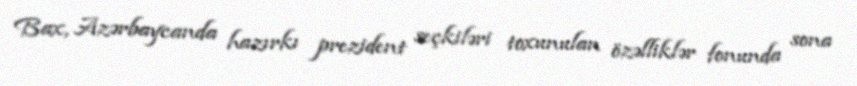
Bax, Azərbaycanda hazırkı prezident seçkiləri toxunulan özəlliklər fonunda sona